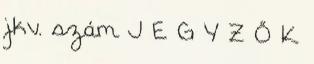
jkv. szám J E G Y Z Ő K